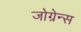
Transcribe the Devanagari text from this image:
जोग्रेन्स